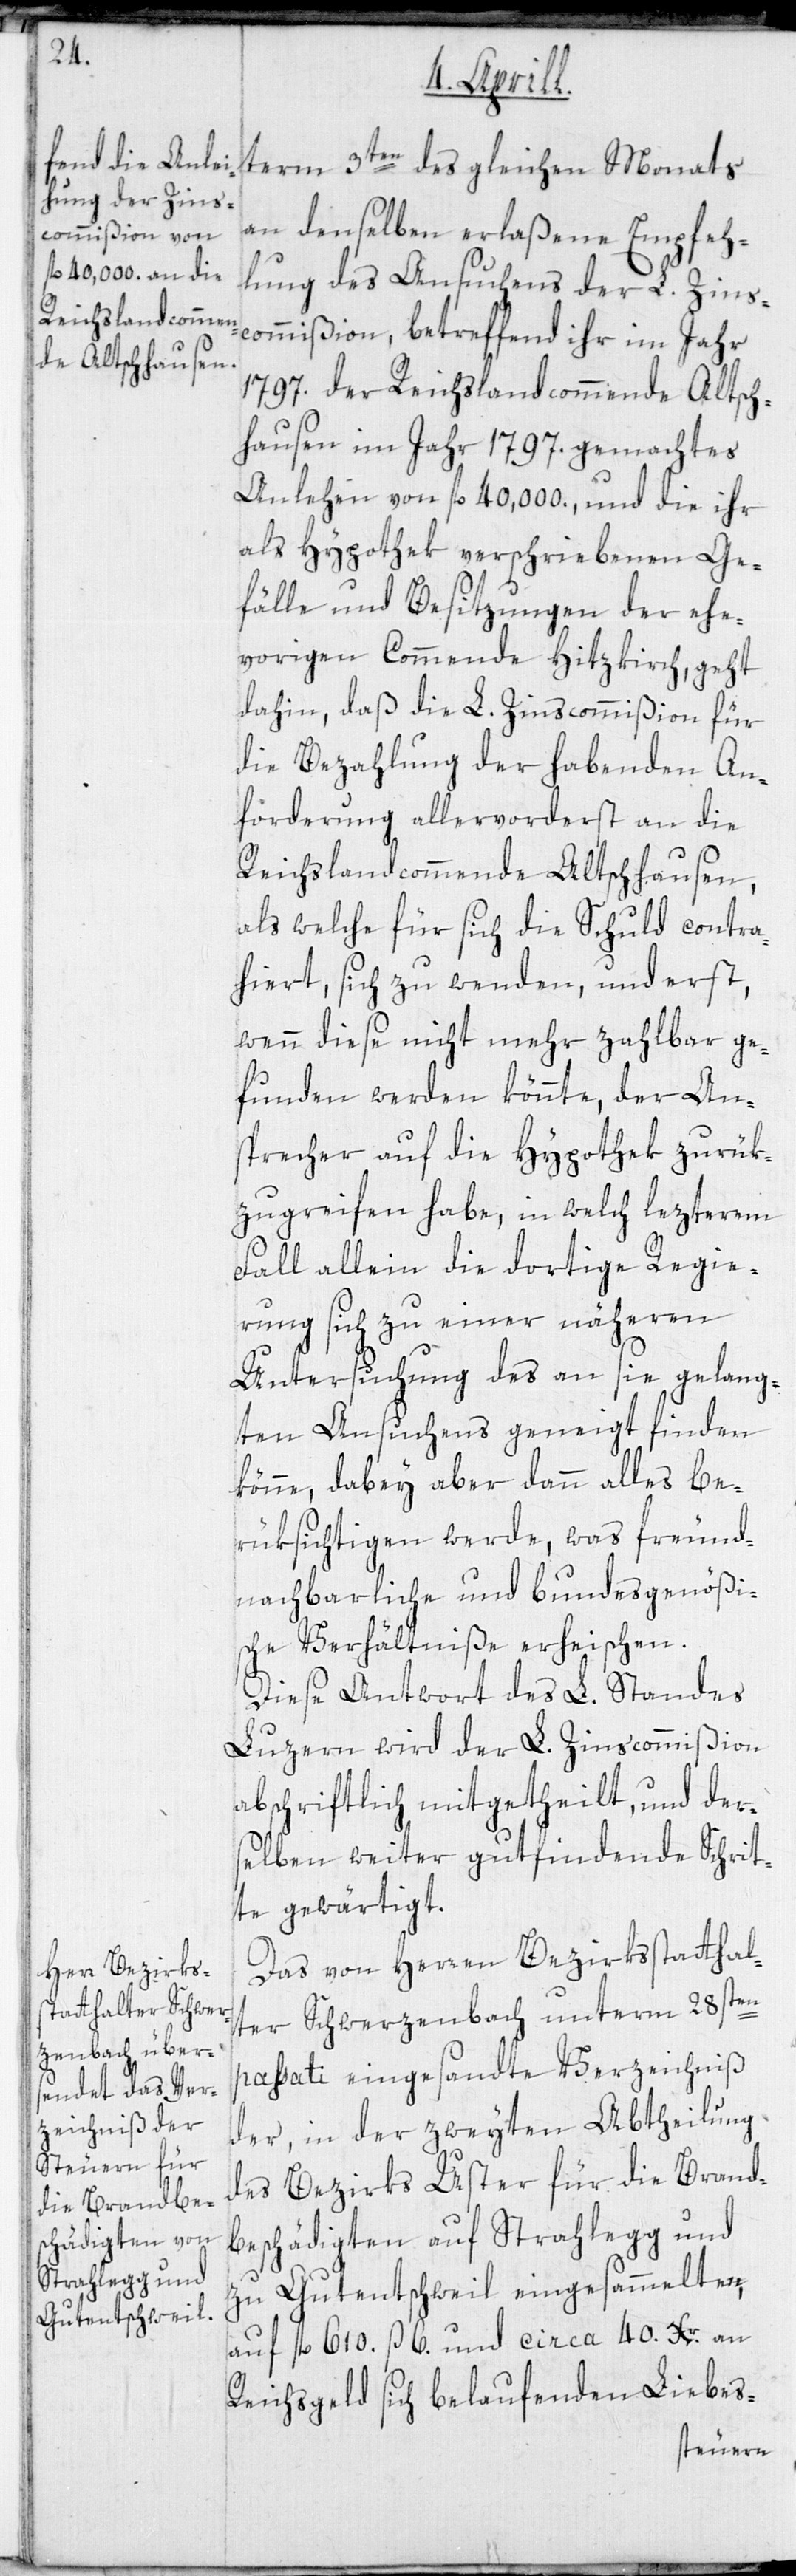
term 3ten des gleichen Monats
an denselben erlaßene Empfeh¬
lung des Ansuchens der L. Zins¬
commißion, betreffend ihr im Jahr
1797. der Reichslandcommende Altsch¬
hausen im Jahr 1797. gemachtes
Anlehen von fl. 40,000., und die ihr
als Hypothek verschriebenen Ge¬
fälle und Besitzungen der ehe¬
vorigen Commende Hitzkirch, geht
dahin, daß die L. Zinscommißion für
die Bezahlung der habenden An¬
forderung allervorderst an die
Reichslandcommende Altschhausen,
als welche für sich die Schuld contra¬
hiert, sich zu wenden, und erst,
wenn diese nicht mehr zahlbar ge¬
funden werden könnte, der Ans¬
precher auf die Hypothek zurük¬
zugreifen habe, in welch letzterem
Fall allein die dortige Regie¬
rung sich zu einer näheren
Untersuchung des an sie gelang¬
ten Ansuchens geneigt finden
könne, dabey aber dann alles be¬
rücksichtigen werde, was freund¬
nachbarliche und bundesgenößis¬
che Verhältniße erheischen.
Diese Antwort des L. Standes
Luzern wird der L. Zinscommißion
abschriftlich mitgetheilt, und der¬
selben weiter gutfindende Schrit¬
te gewärtigt.
Das von Herren Bezirksstatthal¬
ter Schwerzenbach unterm 28sten
passati eingesandte Verzeichniß
der, in der zweyten Abtheilung
des Bezirks Uster für die Brand¬
beschädigten auf Strahlegg und
zu Gutentschweil eingesammelten,
auf fl. 610 ß 6. und circa 40. Xr. an
Reichsgeld sich belaufenden Liebes-